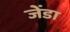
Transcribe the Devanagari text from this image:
जेंडा